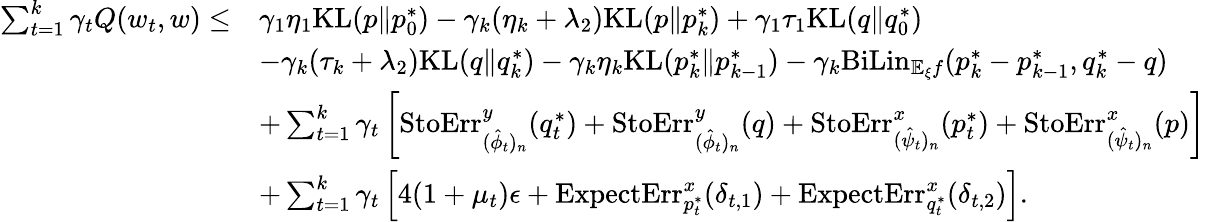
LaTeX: \begin{array}{rl}{\sum_{t=1}^{k}\gamma_{t}Q(w_{t},w)\leq}&{\gamma_{1}\eta_{1}\mathrm{KL}(p\| p_{0}^{*})-\gamma_{k}(\eta_{k}+\lambda_{2})\mathrm{KL}(p\| p_{k}^{*})+\gamma_{1}\tau_{1}\mathrm{KL}(q\| q_{0}^{*})}\\ &{-\gamma_{k}(\tau_{k}+\lambda_{2})\mathrm{KL}(q\| q_{k}^{*})-\gamma_{k}\eta_{k}\mathrm{KL}(p_{k}^{*}\| p_{k-1}^{*})-\gamma_{k}\mathrm{BiLin}_{\mathbb{E}_{\xi}f}(p_{k}^{*}-p_{k-1}^{*},q_{k}^{*}-q)}\\ &{+\sum_{t=1}^{k}\gamma_{t}\left[\mathrm{StoErr}_{(\hat{\phi}_{t})_{n}}^{y}(q_{t}^{*})+\mathrm{StoErr}_{(\hat{\phi}_{t})_{n}}^{y}(q)+\mathrm{StoErr}_{(\hat{\psi}_{t})_{n}}^{x}(p_{t}^{*})+\mathrm{StoErr}_{(\hat{\psi}_{t})_{n}}^{x}(p)\right]}\\ &{+\sum_{t=1}^{k}\gamma_{t}\left[4(1+\mu_{t})\epsilon+\mathrm{ExpectErr}_{p_{t}^{*}}^{x}(\delta_{t,1})+\mathrm{ExpectErr}_{q_{t}^{*}}^{x}(\delta_{t,2})\right].}\end{array}